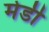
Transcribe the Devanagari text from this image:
मेर्डी